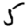
Digit: 5